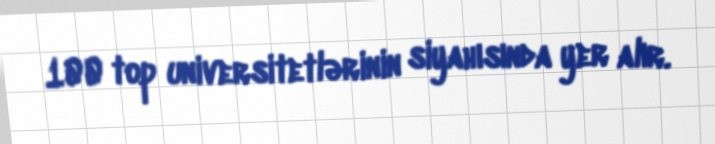
100 top universitetlərinin siyahısında yer alır.